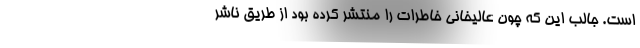
است. جالب این که چون عالیخانی خاطرات را منتشر کرده بود از طریق ناشر